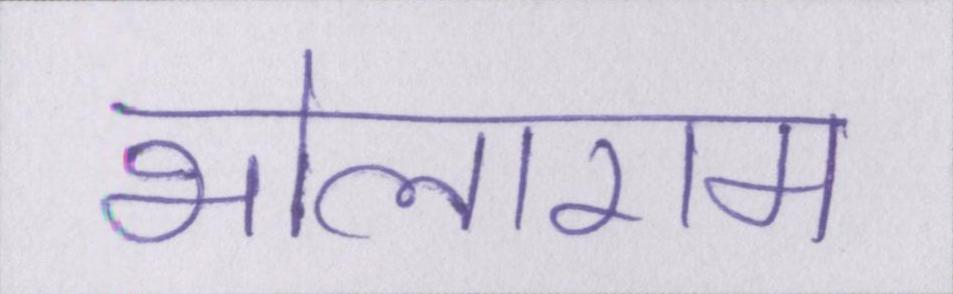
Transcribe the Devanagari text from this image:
भोलाराम